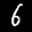
Label: 6